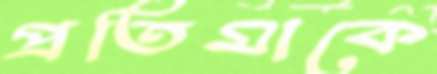
প্রতিমাকে